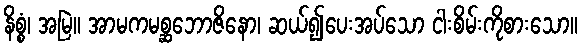
နိစ္စံ၊ အမြဲ။ အာမကမစ္ဆဘောဇိနော၊ ဆယ်၍ပေးအပ်သော ငါးစိမ်းကိုစားသော။